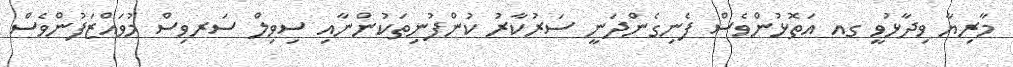
މާރިޔާ ވިދާޅުވީ ގއ އަތޮޅުންވެސް ފެނިގެންދަނީ ސަރުކާރު ކުންފުނިތަކުންނާއި ސިވިލް ސަރވިސް މުވައްޒަފުންވެސް